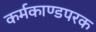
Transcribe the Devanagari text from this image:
कर्मकाण्डपरक